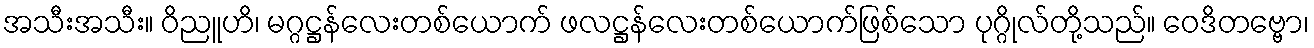
အသီးအသီး။ ဝိညူဟိ၊ မဂ္ဂဋ္ဌန်လေးတစ်ယောက် ဖလဋ္ဌန်လေးတစ်ယောက်ဖြစ်သော ပုဂ္ဂိုလ်တို့သည်။ ဝေဒိတဗ္ဗော၊